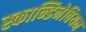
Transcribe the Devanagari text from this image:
स्कान्डिनेवियन